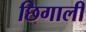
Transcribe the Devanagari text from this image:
छिगाली